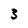
Character: 3